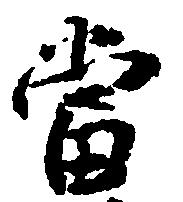
当